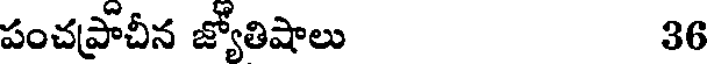
పంచప్రాచీన జ్యోతిషాలు 36